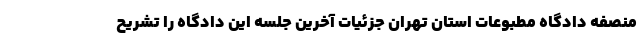
منصفه دادگاه مطبوعات استان تهران جزئیات آخرین جلسه این دادگاه را تشریح